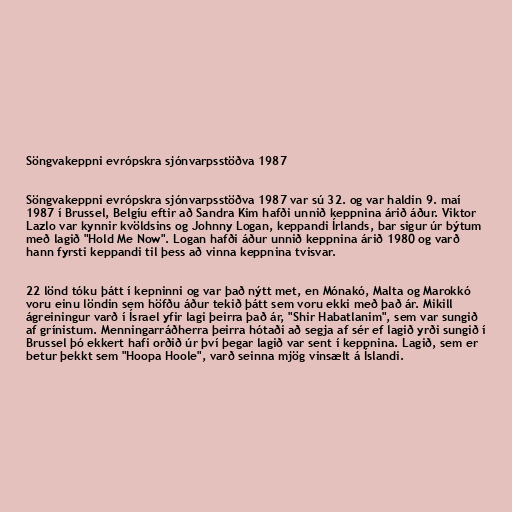
Söngvakeppni evrópskra sjónvarpsstöðva 1987

Söngvakeppni evrópskra sjónvarpsstöðva 1987 var sú 32. og var haldin 9. maí
1987 í Brussel, Belgíu eftir að Sandra Kim hafði unnið keppnina árið áður. Viktor
Lazlo var kynnir kvöldsins og Johnny Logan, keppandi Írlands, bar sigur úr býtum
með lagið "Hold Me Now". Logan hafði áður unnið keppnina árið 1980 og varð
hann fyrsti keppandi til þess að vinna keppnina tvisvar.

22 lönd tóku þátt í kepninni og var það nýtt met, en Mónakó, Malta og Marokkó
voru einu löndin sem höfðu áður tekið þátt sem voru ekki með það ár. Mikill
ágreiningur varð í Ísrael yfir lagi þeirra það ár, "Shir Habatlanim", sem var sungið
af grínistum. Menningarráðherra þeirra hótaði að segja af sér ef lagið yrði sungið í
Brussel þó ekkert hafi orðið úr því þegar lagið var sent í keppnina. Lagið, sem er
betur þekkt sem "Hoopa Hoole", varð seinna mjög vinsælt á Íslandi.